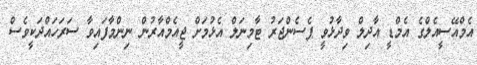
އެމްއޭސީއެލްގެ އެމްޑީ އާދިލް ވިދާޅުވީ ޕެސެންޖަރު ޓާމިނަލް އެޅުމަށް ޖީއެމްއާރުން ނިންމާފައިވާ ސަރަހައްދަކީވެސް